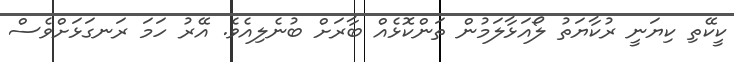
ކީކޭތި ކިޔަނީ ރުކާޔަތު ލޯއަޅާލަމުން ތަންކޮޅެއް ބާރަށް ބުނެލިއެވެ. އޭރު ހަމަ ރަނގަޅަށްވެސް